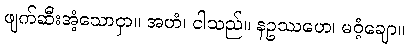
ဖျက်ဆီးအံ့သောငှာ။ အဟံ၊ ငါသည်။ နဥဿဟေ၊ မဝံ့ချော။